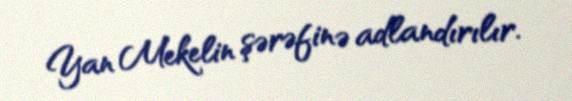
Yan Mekelin şərəfinə adlandırılır.